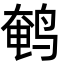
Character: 鹌